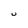
Character: U